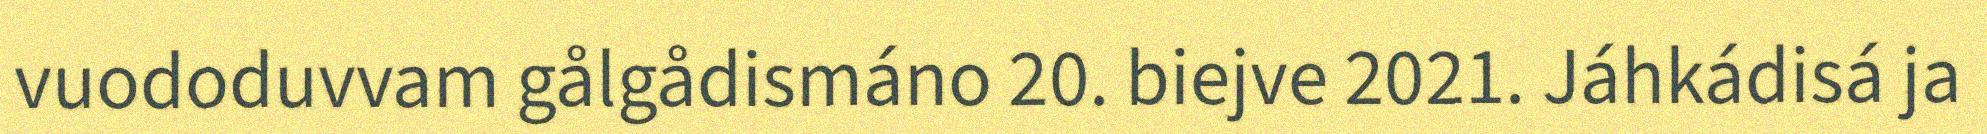
vuododuvvam gålgådismáno 20. biejve 2021. Jáhkádisá ja